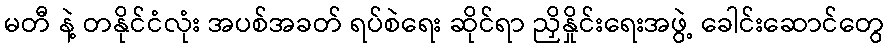
မတီ နဲ့ တနိုင်ငံလုံး အပစ်အခတ် ရပ်စဲရေး ဆိုင်ရာ ညှိနှိုင်းရေးအဖွဲ့ ခေါင်းဆောင်တွေ